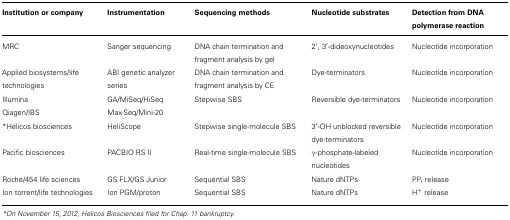
| Institution or company | Instrumentation | Sequencing methods | Nucleotide substrates | Detection from DNA polymerase reaction |
 | --- | --- | --- | --- | --- |
 | MRC | Sanger sequencing | DNA chain termination and fragment analysis by gel | 2′, 3′-dideoxynucleotides | Nucleotide incorporation |
 | Applied biosystems/life technologies | ABI genetic analyzer series | DNA chain termination and fragment analysis by CE | Dye-terminators | Nucleotide incorporation |
 | Illumina Qiagen/IBS | GA/MiSeq/HiSeq Max-Seq/Mini-20 | Stepwise SBS | Reversible dye-terminators | Nucleotide incorporation |
 | *Helicos biosciences | HeliScope | Stepwise single-molecule SBS | 3′-OH unblocked reversible dye-terminators | Nucleotide incorporation |
 | Pacific biosciences | PACBIO RS II | Real-time single-molecule SBS | γ-phosphate-labeled nucleotides | Nucleotide incorporation |
 | Roche/454 life sciences | GS FLX/GS Junior | Sequential SBS | Nature dNTPs | PPi release |
 | Ion torrent/life technologies | Ion PGM/proton | Sequential SBS | Nature dNTPs | H+ release |